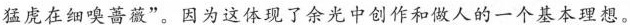
猛虎在细嗅蔷薇”。因为这体现了余光中创作和做人的一个基本理想。